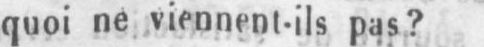
quoi ne viennent-ils pas?